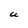
Character: U